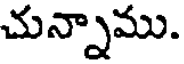
చున్నాము.